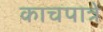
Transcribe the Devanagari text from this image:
काचपात्रे